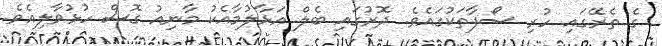
ގެ ތެރޭގައި ހުރި ސޯފާތަކުގައެވެ. ދޮރުގައި ބެލް އަޅާލުމާއެކު މާނިއު ގޮސް ހުޅުވާލިއެވެ.